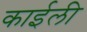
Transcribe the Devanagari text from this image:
काईली